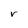
Character: v